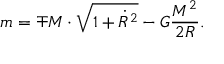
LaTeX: m = \mp M \cdot \sqrt { 1 + \dot { R } ^ { 2 } } - G \frac { M ^ { 2 } } { 2 R } .